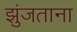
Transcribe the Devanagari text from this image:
झुंजताना